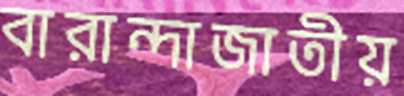
বারান্দাজাতীয়